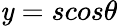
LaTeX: \mathit{y}=scos{\theta}